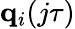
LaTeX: \mathbf{q}_{i}(j\tau)